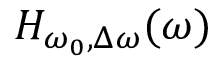
H _ { \omega _ { 0 } , \Delta \omega } ( \omega )